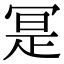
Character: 𭁼